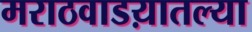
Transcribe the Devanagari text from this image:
मराठवाडय़ातल्या